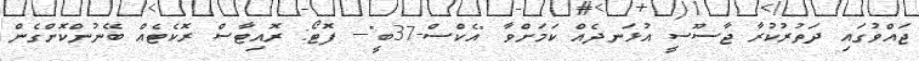
ޖައްވުގައި ދަތުރުކުރާ ޖާސޫސީ އުޅަނދެއް ކަމަށްވާ "އެކްސް-37ބީ"--- ފޮޓޯ: ރޮއިޓާސްް ރޮކެޓެއް ބޭނުންކޮށްގެން